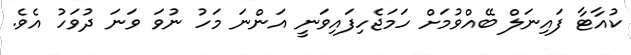
ކުއާޓާ ފައިނަލް ބޭއްވުމަށް ހަމަޖެހިފައިވަނީ އަންނަ މަހު ނުވަ ވަނަ ދުވަހު އެވެ.